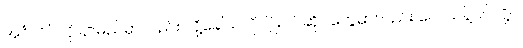
အင်္ဂလိပ်လို နာမည်မှာလည်း လို့ခေါ်သလို ပျိုးပင်ဆိုင်တွေမှာလည်း လေသန့်ပင်လို့ပဲ